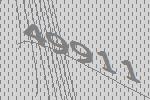
49911